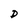
Character: D